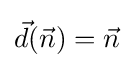
{\vec {d}}({\vec {n}})={\vec {n}}